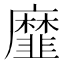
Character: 𢌁